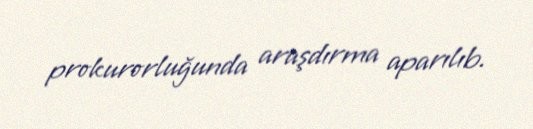
prokurorluğunda araşdırma aparılıb.